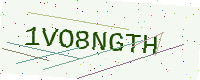
Text: 1VO8NGTH